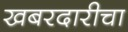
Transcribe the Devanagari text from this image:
खबरदारीचा